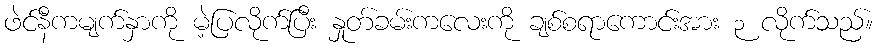
ဖဲင်နီကမျက်နှာကို မဲ့ပြလိုက်ပြီး နှုတ်ခမ်းကလေးကို ချစ်စရာကောင်းအား ၃ လိုက်သည်။